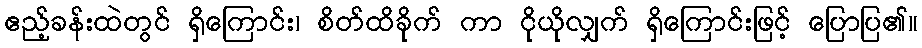
ဧည့်ခန်းထဲတွင် ရှိကြောင်း၊ စိတ်ထိခိုက် ကာ ငိုယိုလျှက် ရှိကြောင်းဖြင့် ပြောပြ၏။